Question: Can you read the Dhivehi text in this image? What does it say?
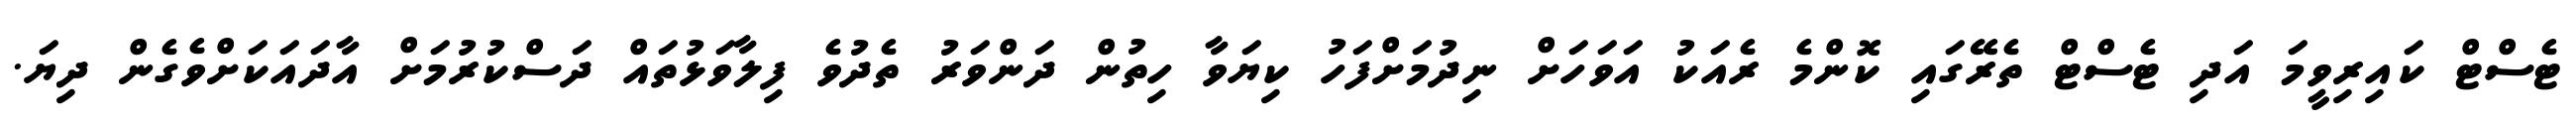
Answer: ޓެސްޓް ކައިރިވީމަ އަދި ޓެސްޓް ތެރޭގައި ކޮންމެ ރެއަކު އަވަހަށް ނިދުމަށްފަހު ކިޔަވާ ހިތުން ދަންވަރު ތެދުވެ ފިލާވަޅުތައް ދަސްކުރުމަށް އާދައަކަށްވެގެން ދިޔަ.